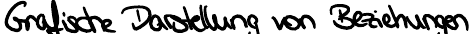
Grafische Darstellung von Beziehungen